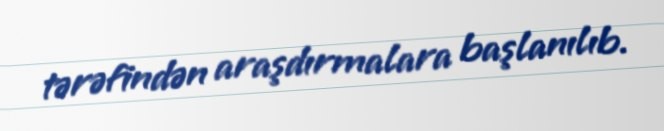
tərəfindən araşdırmalara başlanılıb.